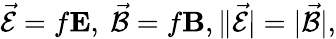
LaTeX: \vec{\cal E}=f{\mathbf E},\ \vec{\cal B}=f{\mathbf B},\| \vec{\cal E}|=|\vec{\cal B}|,